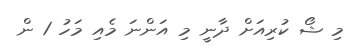
މި ޝޯ ކުރިއަށް ދާނީ މި އަންނަ މެއި މަހު 1 ން